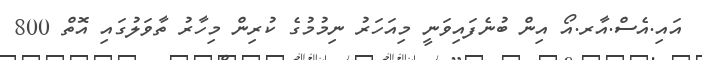
އައި.އެސް.އާރ.އޯ އިން ބުނެފައިވަނީ މިއަހަރު ނިމުމުގެ ކުރިން މިހާރު ތާވަލުގައި އޮތް 800